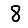
Digit: 8